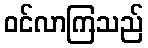
ဝင်လာကြသည်